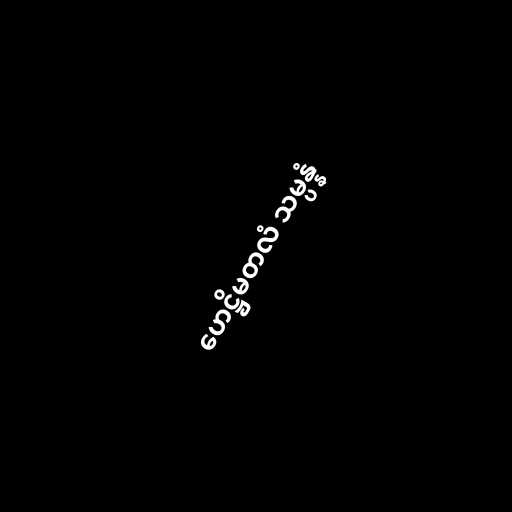
ဟေဋ္ဌိမတလံ သမ္ပန္နံ